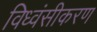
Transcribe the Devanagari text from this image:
विध्वंसीकरण